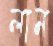
লাম